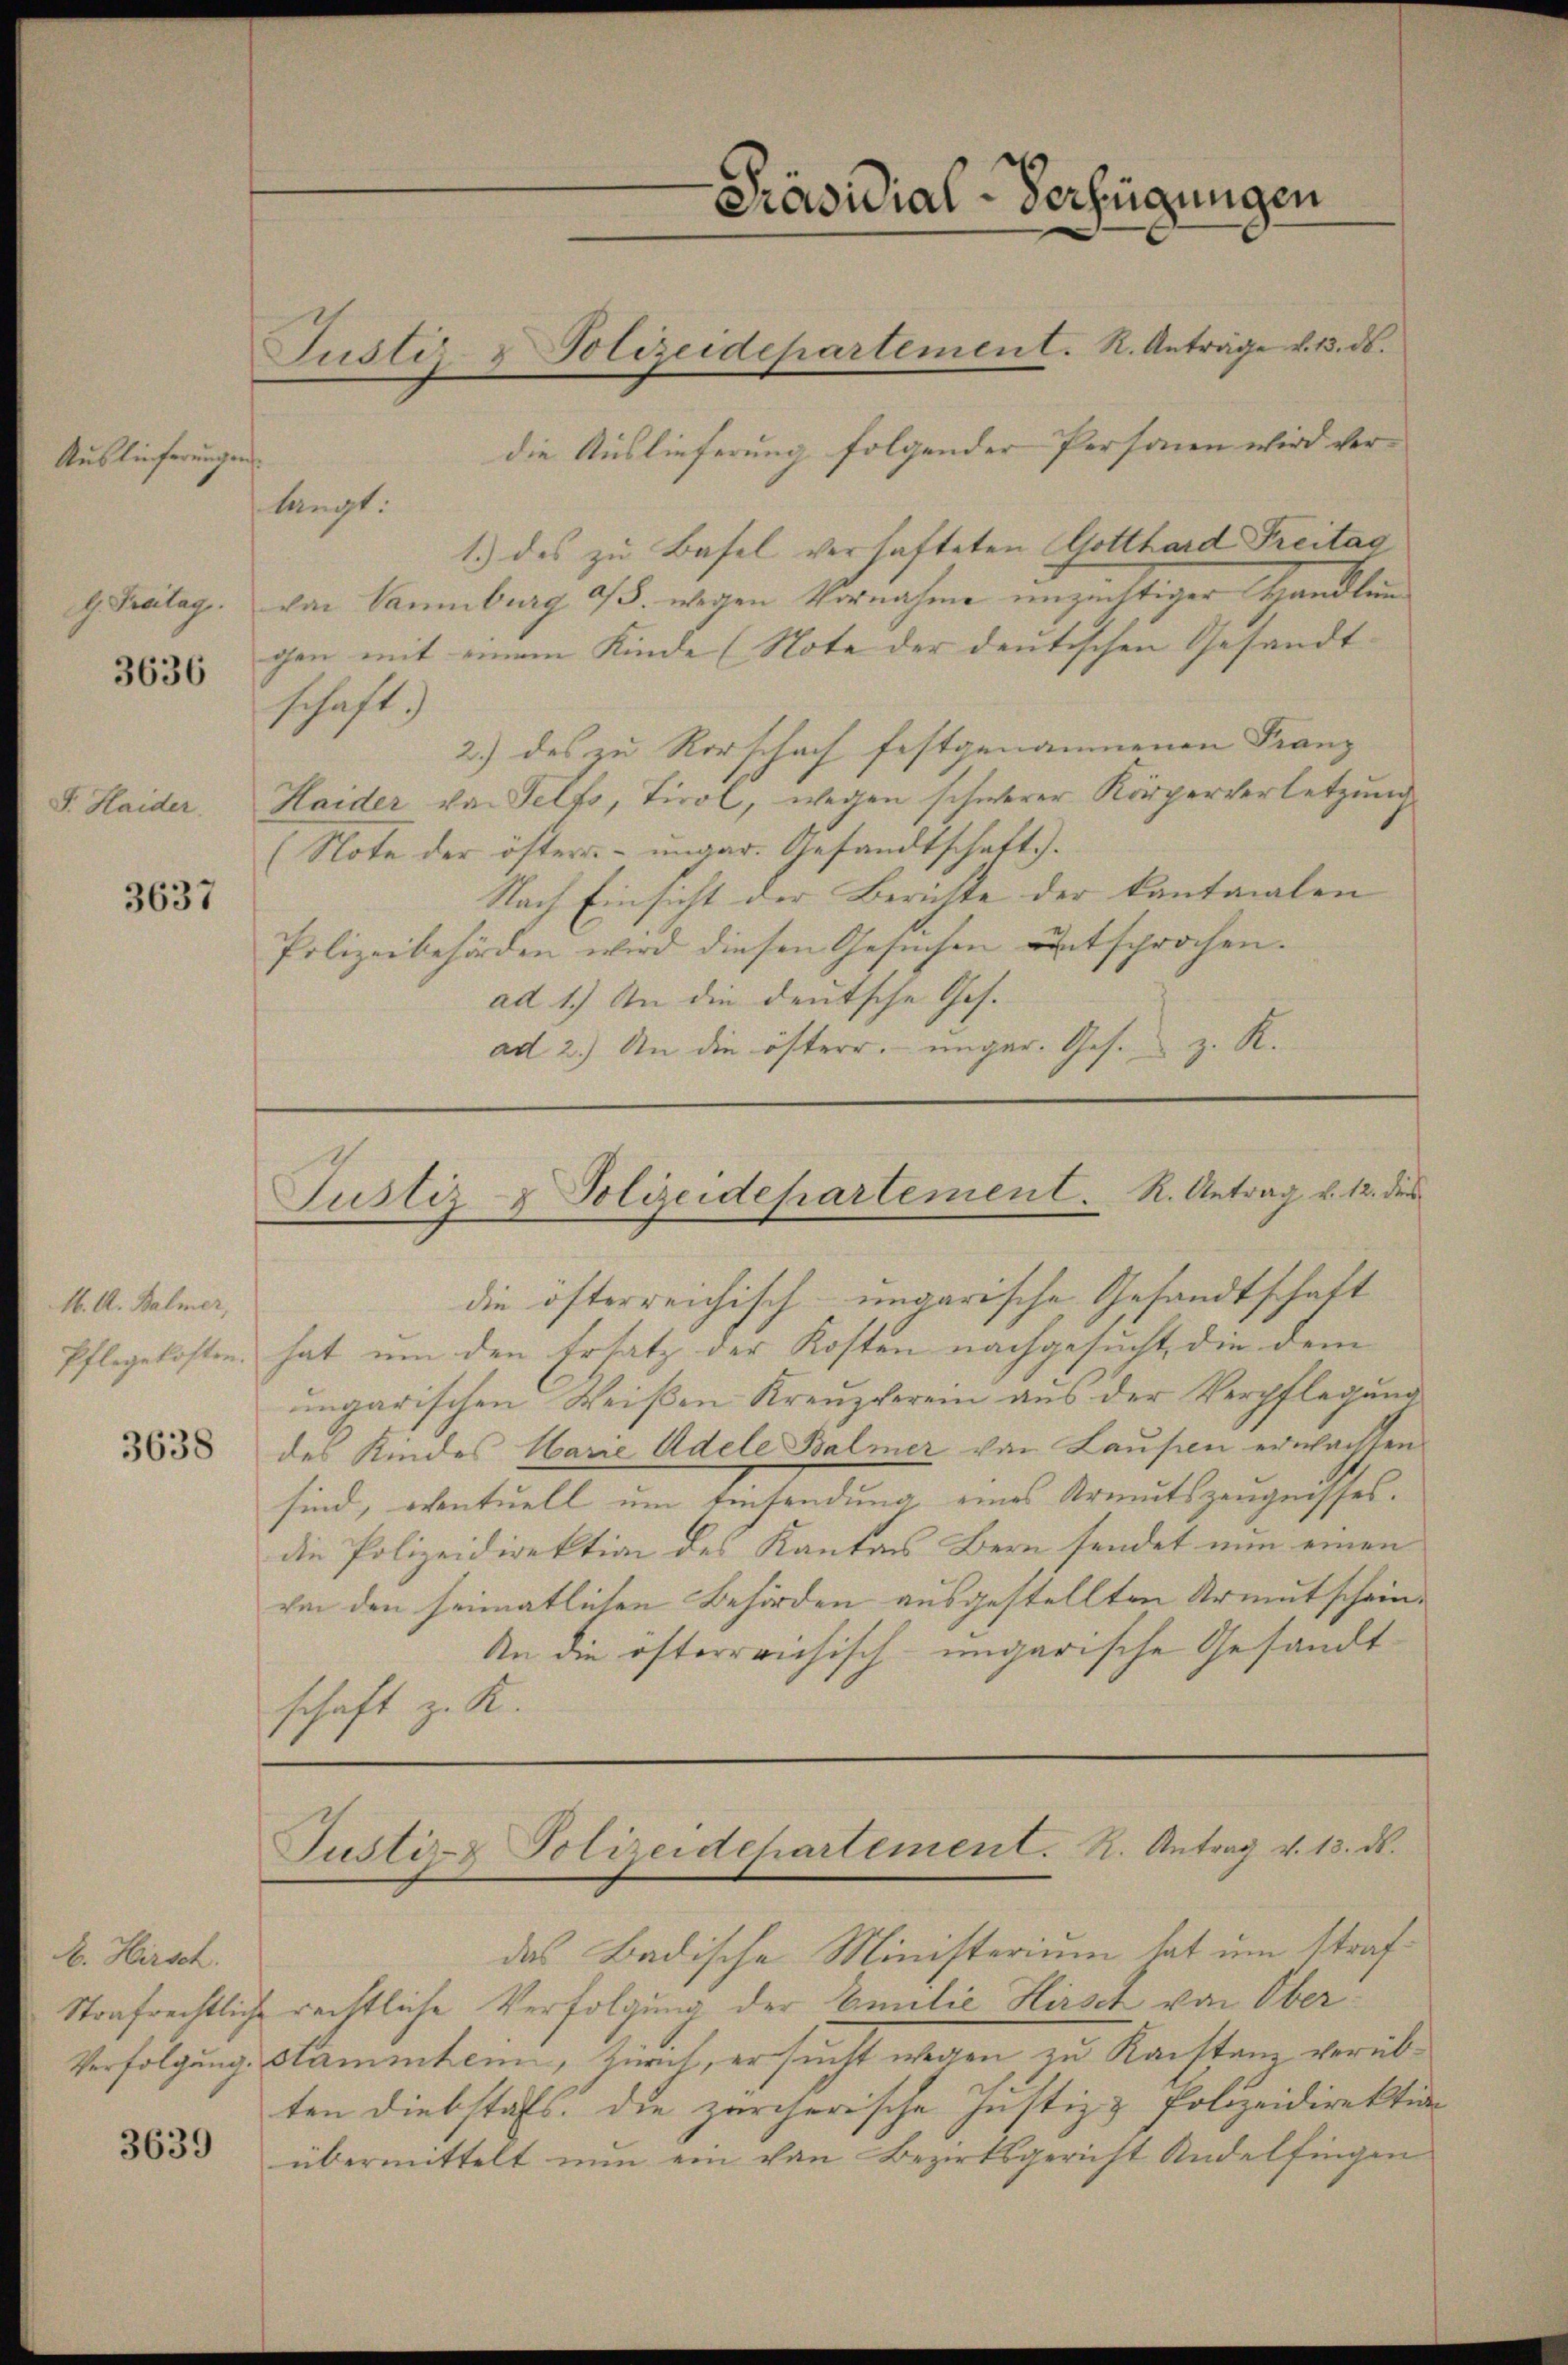
Auslieferungen
d. Treitag.
3636

F. Haider.

3637

M. A. Balmer,
Pflegekosten.

3638

A. Hirsch

3639

Präsidial-Verfügungen
Justiz- & Polizeidepartement. K. Anträge v. 13. ds.

die Auslieferung folgender Personen wird verf
langt.
1.) des zu Basel verhafteten Gotthard Freitag
von Naumburg a/S. wegen Vornahme unzüchtiger Handlun
gen mit einem Kinde (Note der deutischen Gesandt- |
schaft.)
2.) des zu Rorschach festgenommenen Franz
Haider von Telfs, Tirol, wegen schwerer Körperverletzung
(Note der öster- ungar. Gesandtschaft).
Nach Einsicht der Berichte der Cantonalen
Polizeibehörden wird diesen Gesuchen entsprochen.
ad 1.) An die deutsche Ges.
ad 2.) An die österr. unger. Ges. z. R.

Justiz- & Polizeidepartement. R. Antrag v. 12. dies

die öfterreichisch-ungarische Gesandtschaft
hat um den Ersatz der Kosten nachgesucht, die dem
ungarischen Weißen Kreuzterein aus der Verpflegung
des Kindes Marie Adele Balmer von Laufen erwachsen
sind, eventuell um Einsendung eines Armutszeugnisses.
die Polizeidirektion des Kantons Bern sendet nun einen
von den seimatlichen Behörden ausgestellten Armutscheine
An die osterrrichisch-ungarische Gesandtschaft z. K.

Justiz- & Polizeidchartement. R. Antrag v. 13. d.

das Badische Ministerium hat um Straf¬
Strafrechtliche rechtliche Verfolgung der Emilie Hirsch von Ober¬
Verfolgung Stammhenn, Zürich, ersucht wegen zu Kanstanz verübten Diebstals. Die zürcherische Justiz & Polizeidirektion
übermittelt nun ein von Bezirksgericht Andelfingen